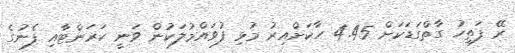
ރޭ ފަތިހު ގާތްގަޑަކަށް 4.45 ހާކަށްއިރު މުޅި ފުވައްމުލަކުން ވަނީ ކަރަންޓާއި ފެނުގެ